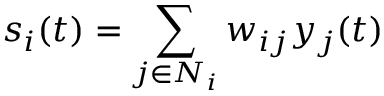
s _ { i } ( t ) = \sum _ { j \in N _ { i } } w _ { i j } y _ { j } ( t )